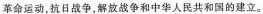
革命运动，抗日战争，解放战争和中华人民共和国的建立。